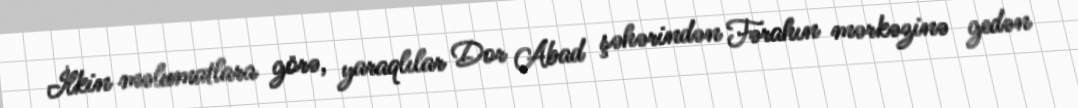
İlkin məlumatlara görə, yaraqlılar Dor Abad şəhərindən Fərahın mərkəzinə gedən